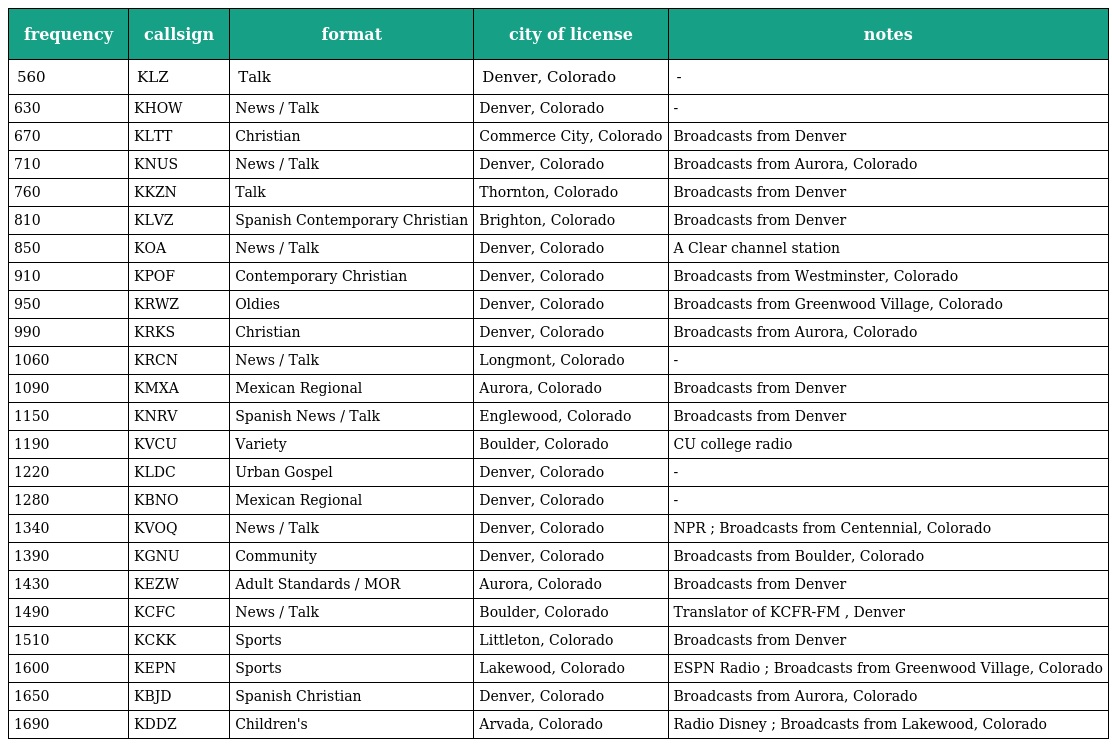
| frequency | callsign | format | city of license | notes |
 | --- | --- | --- | --- | --- |
 | 560 | KLZ | Talk | Denver, Colorado | - |
 | 630 | KHOW | News / Talk | Denver, Colorado | - |
 | 670 | KLTT | Christian | Commerce City, Colorado | Broadcasts from Denver |
 | 710 | KNUS | News / Talk | Denver, Colorado | Broadcasts from Aurora, Colorado |
 | 760 | KKZN | Talk | Thornton, Colorado | Broadcasts from Denver |
 | 810 | KLVZ | Spanish Contemporary Christian | Brighton, Colorado | Broadcasts from Denver |
 | 850 | KOA | News / Talk | Denver, Colorado | A Clear channel station |
 | 910 | KPOF | Contemporary Christian | Denver, Colorado | Broadcasts from Westminster, Colorado |
 | 950 | KRWZ | Oldies | Denver, Colorado | Broadcasts from Greenwood Village, Colorado |
 | 990 | KRKS | Christian | Denver, Colorado | Broadcasts from Aurora, Colorado |
 | 1060 | KRCN | News / Talk | Longmont, Colorado | - |
 | 1090 | KMXA | Mexican Regional | Aurora, Colorado | Broadcasts from Denver |
 | 1150 | KNRV | Spanish News / Talk | Englewood, Colorado | Broadcasts from Denver |
 | 1190 | KVCU | Variety | Boulder, Colorado | CU college radio |
 | 1220 | KLDC | Urban Gospel | Denver, Colorado | - |
 | 1280 | KBNO | Mexican Regional | Denver, Colorado | - |
 | 1340 | KVOQ | News / Talk | Denver, Colorado | NPR ; Broadcasts from Centennial, Colorado |
 | 1390 | KGNU | Community | Denver, Colorado | Broadcasts from Boulder, Colorado |
 | 1430 | KEZW | Adult Standards / MOR | Aurora, Colorado | Broadcasts from Denver |
 | 1490 | KCFC | News / Talk | Boulder, Colorado | Translator of KCFR-FM , Denver |
 | 1510 | KCKK | Sports | Littleton, Colorado | Broadcasts from Denver |
 | 1600 | KEPN | Sports | Lakewood, Colorado | ESPN Radio ; Broadcasts from Greenwood Village, Colorado |
 | 1650 | KBJD | Spanish Christian | Denver, Colorado | Broadcasts from Aurora, Colorado |
 | 1690 | KDDZ | Children's | Arvada, Colorado | Radio Disney ; Broadcasts from Lakewood, Colorado |